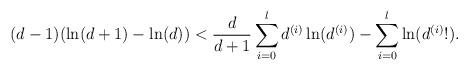
LaTeX: \begin{align*}(d-1)(\ln(d+1) - \ln(d)) < \frac{d}{d+1}\sum_{i=0}^l d^{(i)}\ln(d^{(i)}) - \sum_{i=0}^l \ln(d^{(i)}!) .\end{align*}